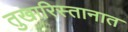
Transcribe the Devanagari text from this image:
तुखारिस्तानात